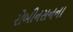
રોબીનસનના